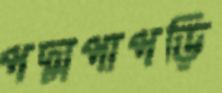
পদ্মপাপড়ি